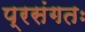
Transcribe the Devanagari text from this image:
प्रसंगतः